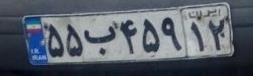
۵۵ب۴۵۹۱۲